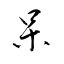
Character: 呆